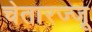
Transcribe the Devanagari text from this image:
चेतारज्जू